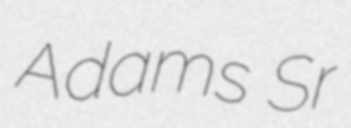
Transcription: Adams Sr